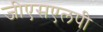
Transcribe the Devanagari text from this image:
जीएसएलपी